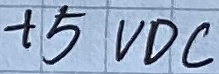
Text: +5VDC